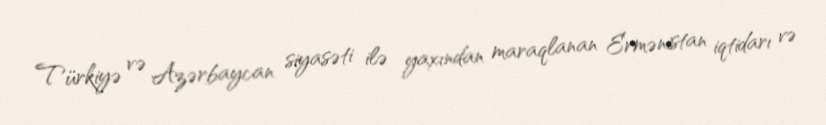
Türkiyə və Azərbaycan siyasəti ilə yaxından maraqlanan Ermənistan iqtidarı və